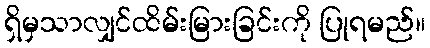
ရှိမှသာလျှင်ထိမ်းမြားခြင်းကို ပြုရမည်။